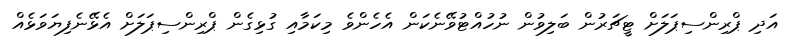
އަދި ޕްރިންސިޕަލަށް ޓީޗަރުން ބަލިވުން ނުހުއްޓުވޭނެކަން އެހެންވެ މިކަމާއި ގުޅިގެން ޕްރިންސިޕަލަށް އެޅޭނެފިޔަވަޅެއް